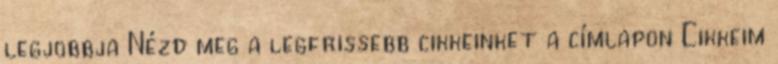
legjobbja Nézd meg a legfrissebb cikkeinket a címlapon Cikkeim